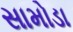
સામોડા